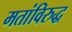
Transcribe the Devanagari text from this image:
मतांविरुद्ध